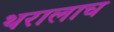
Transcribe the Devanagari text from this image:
थरालाच